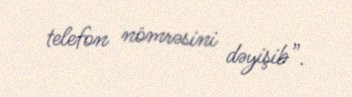
telefon nömrəsini dəyişib”.